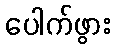
ပေါက်ဖွား